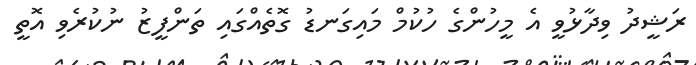
ރަޝީދު ވިދާޅުވީ އެ މީހުންގެ ހުކުމް މައިގަނޑު ގޮތެއްގައި ތަންފީޒު ނުކުރެވި އޮތީ